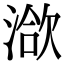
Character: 𣹱